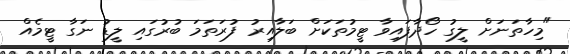
"މިހާތަނަށް ލީގު ހޯދާފައިވާ ޓީމުތަކަށް ބަލާއިރު ފުރަތަމަ ބުރުގައި ލީޑު ނަގާ ޓީމެއް